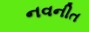
નવનીત